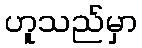
ဟူသည်မှာ